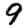
Digit: 9